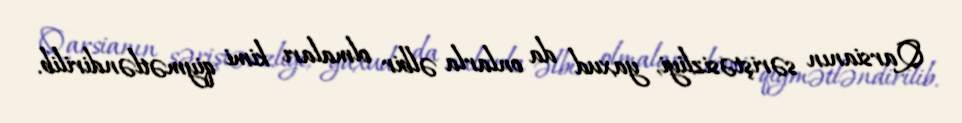
Qarsianın səriştəsizliyi, yaxud da onlarla əlbir olmaları kimi qiymətləndirilib.